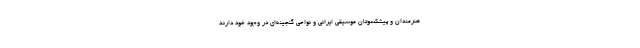
هنرمندان و پیشکسوتان موسیقی ایرانی و نواحی گنجینه‌ای در وجود خود دارند